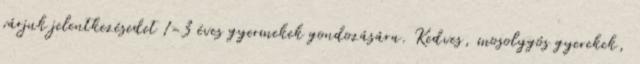
várjuk jelentkezésedet 1-3 éves gyermekek gondozására. Kedves, mosolygós gyerekek,